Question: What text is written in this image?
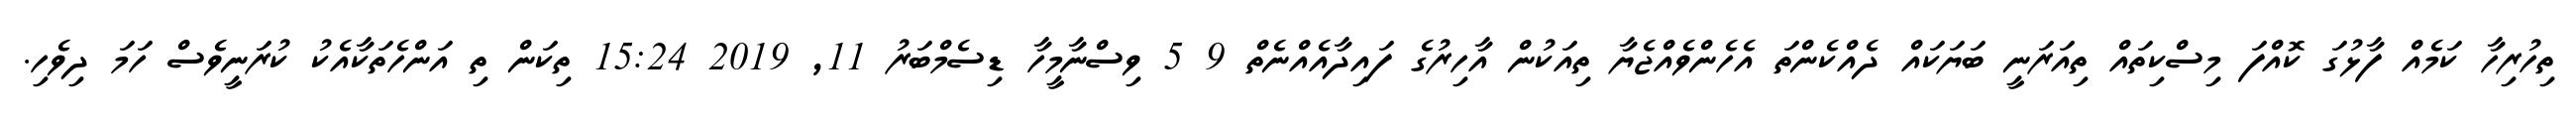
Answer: ތިހުރިހާ ކަމެއް ފާޅުގަ ކޮއްފަ މިސްކިތައް ތިއަރަނީ ބަޔަކައް ދެއްކެންތަ އެހެންވެއްޖެޔާ ތިއަކުން އާހިރުގެ ފައިދާއެއްނެތް 9 5 ވިސްނާމީހާ ޑިސެމްބަރު 11, 2019 15:24 ތިކަން ތި އަންހެތަކާއެކު ކުރަނީވެސް ހަމަ ދިވެހި.